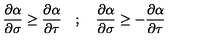
\frac { \partial \alpha } { \partial \sigma } \ge \frac { \partial \alpha } { \partial \tau } \quad ; \quad \frac { \partial \alpha } { \partial \sigma } \ge - \frac { \partial \alpha } { \partial \tau }